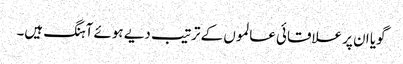
گویا ان پر علاقائی عالموں کے ترتیب دیے ہوئے آہنگ ہیں۔